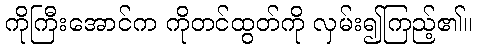
ကိုကြီးအောင်က ကိုတင်ထွတ်ကို လှမ်း၍ကြည့်၏။